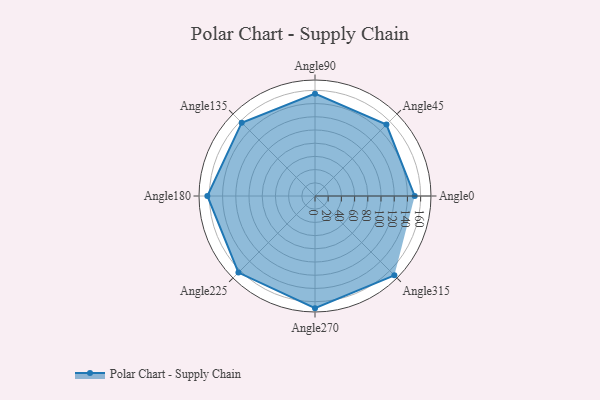
{"axis": {"x": "Angle", "y": "Radius"}, "legend": [""], "data": [{"x": "Angle0", "y": 151.0, "type": ""}, {"x": "Angle45", "y": 153.0, "type": ""}, {"x": "Angle90", "y": 155.0, "type": ""}, {"x": "Angle135", "y": 157.0, "type": ""}, {"x": "Angle180", "y": 163.0, "type": ""}, {"x": "Angle225", "y": 164.0, "type": ""}, {"x": "Angle270", "y": 170.0, "type": ""}, {"x": "Angle315", "y": 170, "type": ""}]}